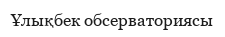
Ұлықбек обсерваториясы